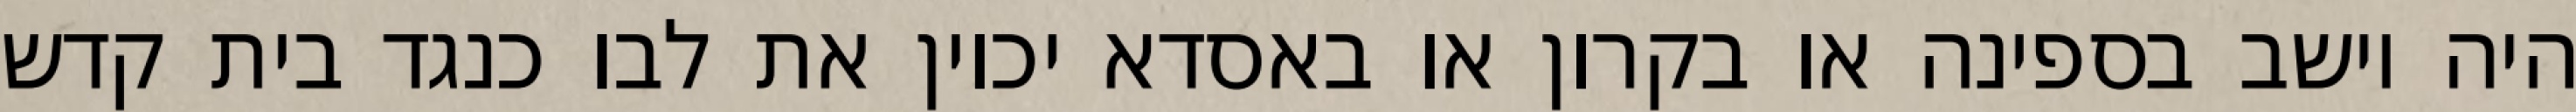
היה יושב בספינה או בקרון או באסדא יכוין את לבו כנגד בית קדש